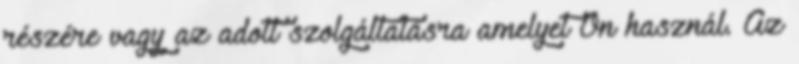
részére vagy az adott szolgáltatásra amelyet Ön használ. Az